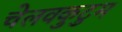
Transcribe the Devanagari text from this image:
चेलवकुटुम